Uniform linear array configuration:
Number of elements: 16
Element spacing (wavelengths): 1
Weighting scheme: exponential
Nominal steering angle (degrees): -45
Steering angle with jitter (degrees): -43.001
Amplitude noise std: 0.05
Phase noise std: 0.05

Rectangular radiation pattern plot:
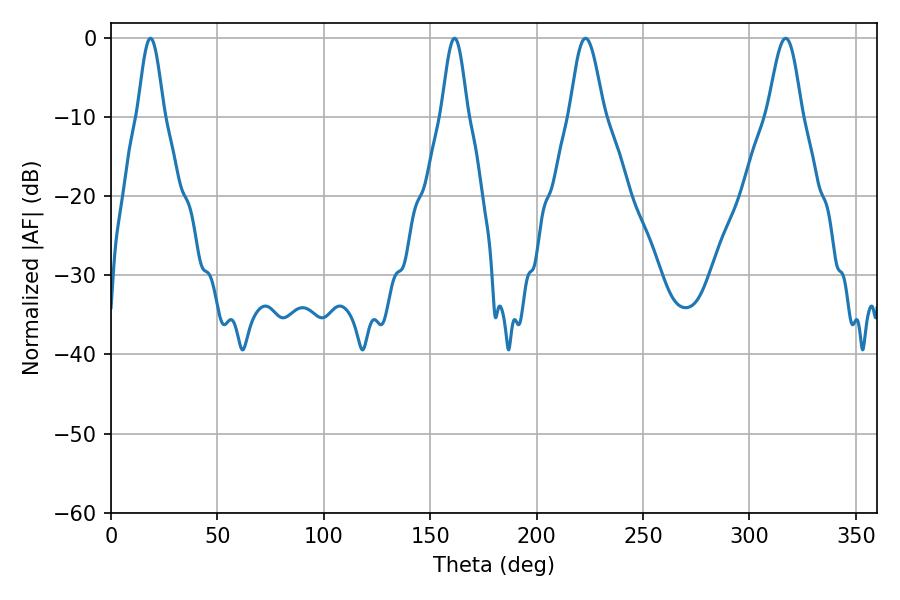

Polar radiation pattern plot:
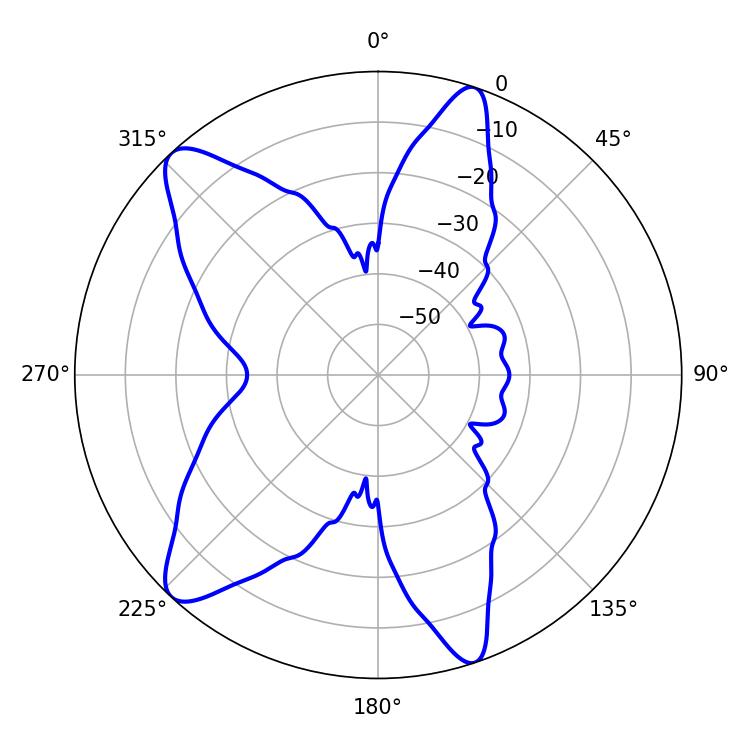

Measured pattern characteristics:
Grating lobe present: TRUE
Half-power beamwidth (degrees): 6.48
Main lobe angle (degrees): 18.54